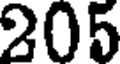
205